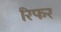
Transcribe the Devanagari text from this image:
रिफर